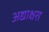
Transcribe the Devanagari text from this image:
अद्याक्षरा